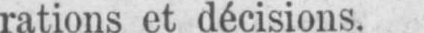
rations et décisions.